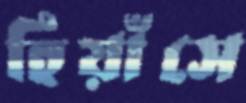
হিয়াঁসে